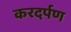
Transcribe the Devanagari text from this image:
करदर्पण